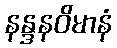
နန္ဒနဝိမာနံ